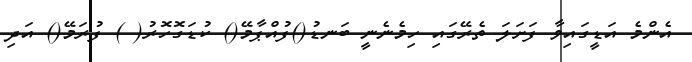
އެންމެ އަޑީގައިވާ ފަށަލަ ތެރޭގައި ހިމެނެނީ ބަނޑު()ފުއްޕާމޭ() ކުޑަގޮހޮރު( ) ފުރަމޭ() އަދި